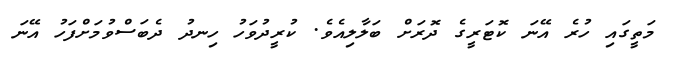
މަތީގައި ހުރެ އޭނަ ކޮޓަރީގެ ދޮރަށް ބަލާލިއެވެ. ކުރީދުވަހު ހިނދު ދެބަސްވުމަށްފަހު އޭނަ